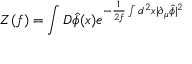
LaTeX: Z ( f ) = \int { \cal D } \hat { \phi } ( x ) e ^ { - \frac { 1 } { 2 f } \int d ^ { 2 } x | \partial _ { \mu } \hat { \phi } | ^ { 2 } }